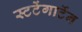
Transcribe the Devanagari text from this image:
स्टटेंगार्टेन